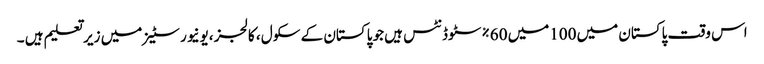
اس وقت پاکستان میں 100میں 60%سٹوڈنٹس ہیں جو پاکستان کے سکول ، کالجز ،یونیورسٹیز میں زیر تعلیم ہیں ۔